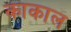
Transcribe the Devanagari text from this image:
काकाल